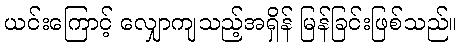
ယင်းကြောင့် လျှောကျသည့်အရှိန် မြန်ခြင်းဖြစ်သည်။